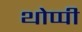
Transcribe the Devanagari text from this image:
थोप्पी